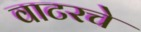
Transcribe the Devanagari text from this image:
वाटरचे